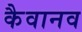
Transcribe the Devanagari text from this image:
कैवानव